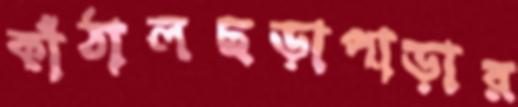
কাঁঠালছড়াপাড়ার